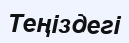
Теңіздегі